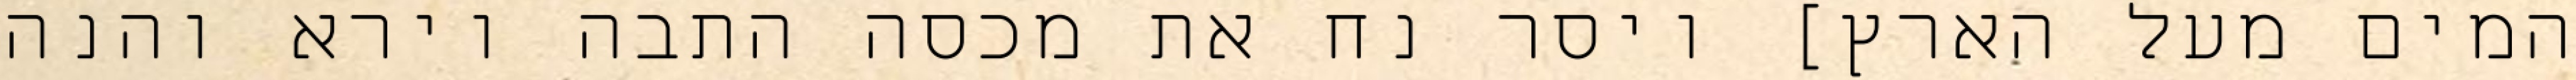
המים מעל הארץ] ויסר נח את מכסה התבה וירא והנה